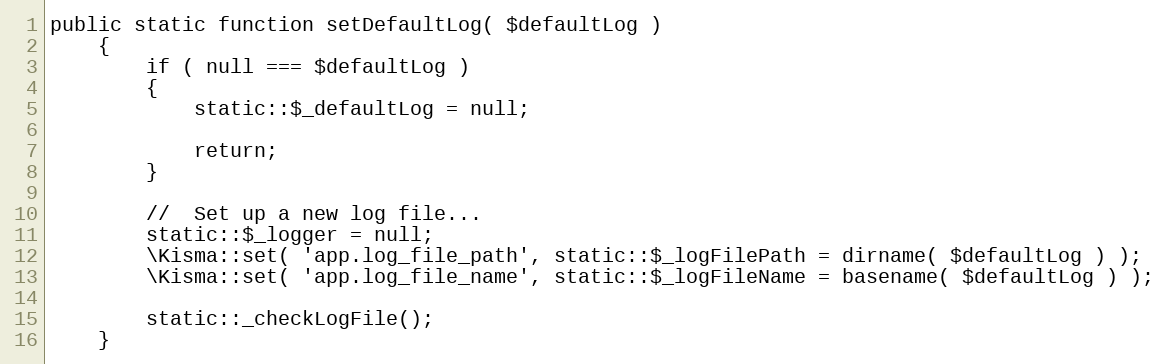
Language: PHP
public static function setDefaultLog( $defaultLog )
    {
        if ( null === $defaultLog )
        {
            static::$_defaultLog = null;

            return;
        }

        //	Set up a new log file...
        static::$_logger = null;
        \Kisma::set( 'app.log_file_path', static::$_logFilePath = dirname( $defaultLog ) );
        \Kisma::set( 'app.log_file_name', static::$_logFileName = basename( $defaultLog ) );

        static::_checkLogFile();
    }